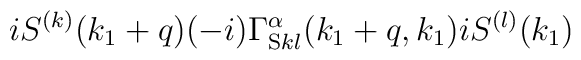
iS^{(k)}(k_1+q)(-i)\Gamma^{\alpha}_{{\rm S}kl}(k_1+q,k_1)iS^{(l)}(k_1)